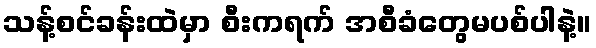
သန့်စင်ခန်းထဲမှာ စီးကရက် အစီခံတွေမပစ်ပါနဲ့။